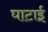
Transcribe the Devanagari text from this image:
घाटाई